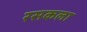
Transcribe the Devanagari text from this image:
रसकला